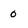
Character: 0